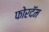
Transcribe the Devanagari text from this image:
फोरदॅम